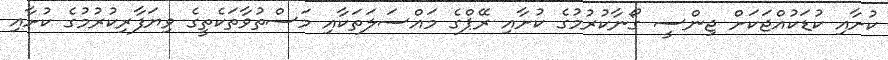
ކުށާއި ކުޑަކުއްޖަކަށް ޖިންސީ ގޯނާކުރުމުގެ ކުށާއި ރޭޕްގެ މައްސަލަތަކާއި މަސްތުވާތަކެތީގެ ވިޔަފާރިކުރުމުގެ ކުށާއި